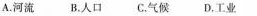
A.河流B.人口C.气候D.工业